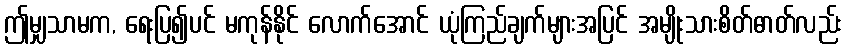
ဤမျှသာမက, ရေးပြ၍ပင် မကုန်နိုင် လောက်အောင် ယုံကြည်ချက်များအပြင် အမျိုးသားစိတ်ဓာတ်လည်း